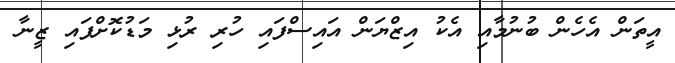
އީތަން އެހެން ބުނުމާއި އެކު އިޒްޔަން އައިސްފައި ހުރި ރުޅި މަޑުކޮށްފައި ޒީނާ